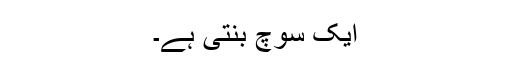
ایک سوچ بنتی ہے۔